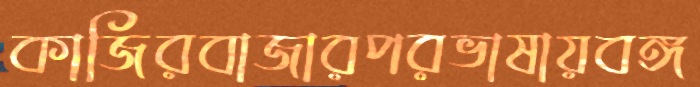
কাজিরবাজারপরভাষায়বঙ্গ